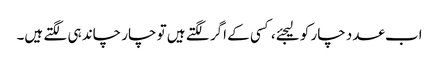
اب عدد چار کو لیجئے، کسی کے اگر لگتے ہیں تو چار چاند ہی لگتے ہیں۔